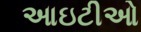
આઇટીઓ